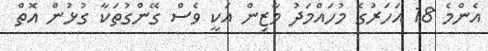
އެންމެ 18 އަހަރުގެ މުހައްމަދު މާޒިން އަކީ ވެސް ގޭންގުތަކާ ގުޅުން އޮތް